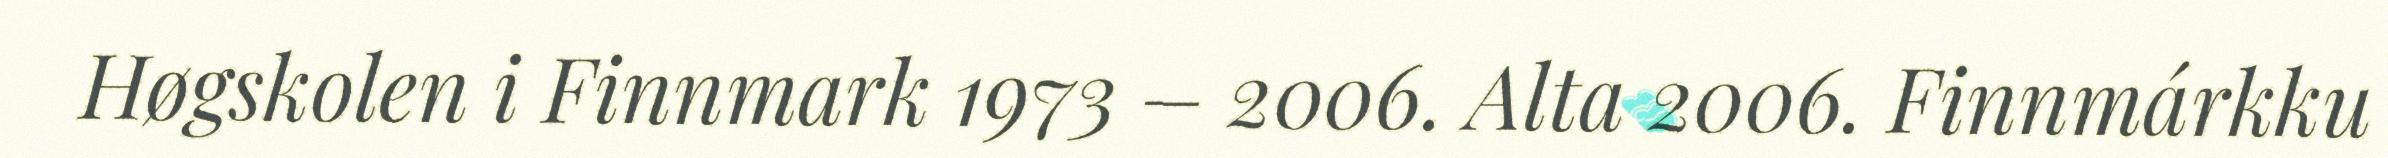
Høgskolen i Finnmark 1973 – 2006. Alta 2006. Finnmárkku